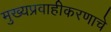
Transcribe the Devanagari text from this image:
मुख्यप्रवाहीकरणाचे